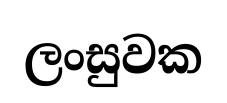
ලංසුවක